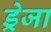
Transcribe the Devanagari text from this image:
ड्रेजा